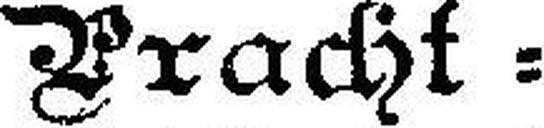
Pracht = Exemplar